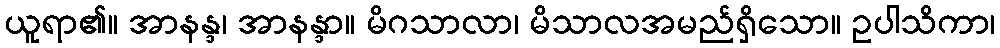
ယူရာ၏။ အာနန္ဒ၊ အာနန္ဒာ။ မိဂသာလာ၊ မိသာလအမည်ရှိသော။ ဥပါသိကာ၊